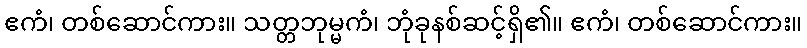
ဧကံ၊ တစ်ဆောင်ကား။ သတ္တဘုမ္မကံ၊ ဘုံခုနစ်ဆင့်ရှိ၏။ ဧကံ၊ တစ်ဆောင်ကား။